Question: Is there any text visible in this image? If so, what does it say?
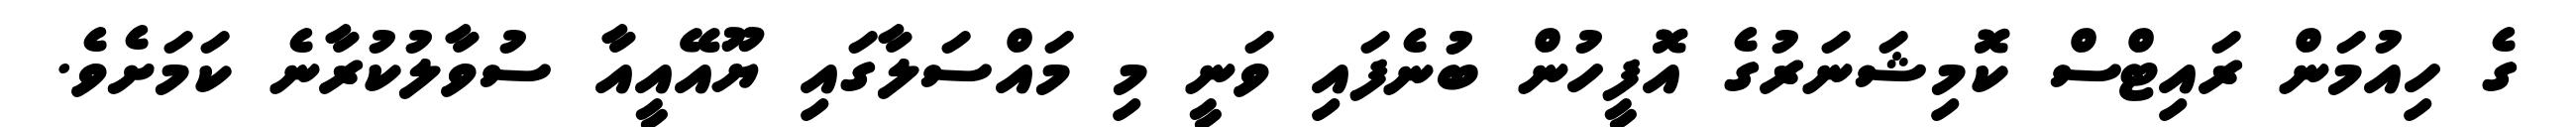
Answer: ގެ ހިއުމަން ރައިޓްސް ކޮމިޝަނަރުގެ އޮފީހުން ބުނެފައި ވަނީ މި މައްސަލާގައި ޔޫއޭއީއާ ސުވާލުކުރާނެ ކަމަށެވެ.